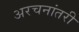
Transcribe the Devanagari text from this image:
अरचनांतरी